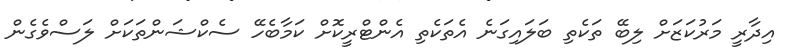
އިދާރީ މަރުކަޒަށް ލިބޭ ތަކެތި ބަލައިގަނެ އެތަކެތި އެންޓްރީކޮށް ކަމާބެހޭ ސެކްޝަންތަކަށް ލަސްވެގެން